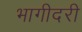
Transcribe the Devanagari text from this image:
भागीदरी